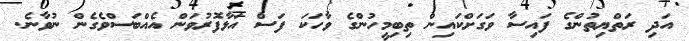
އަދި ރަތްޔިތުންގެ ފައިސާ ވަގަށްކައިން ތިބިމީހުންގެ ވާހަކަ ފަސް އަޅާފޮރުވަން އެއްބަސްވެގެން ނުވާނެ.